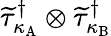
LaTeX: \widetilde{\tau}_{\kappa_{\mathrm{A}}}^{\dagger}\otimes\widetilde{\tau}_{\kappa_{\mathrm{B}}}^{\dagger}